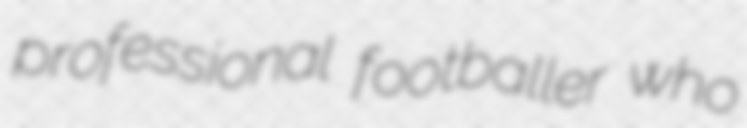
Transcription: professional footballer who